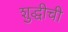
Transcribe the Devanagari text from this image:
शुद्धीची